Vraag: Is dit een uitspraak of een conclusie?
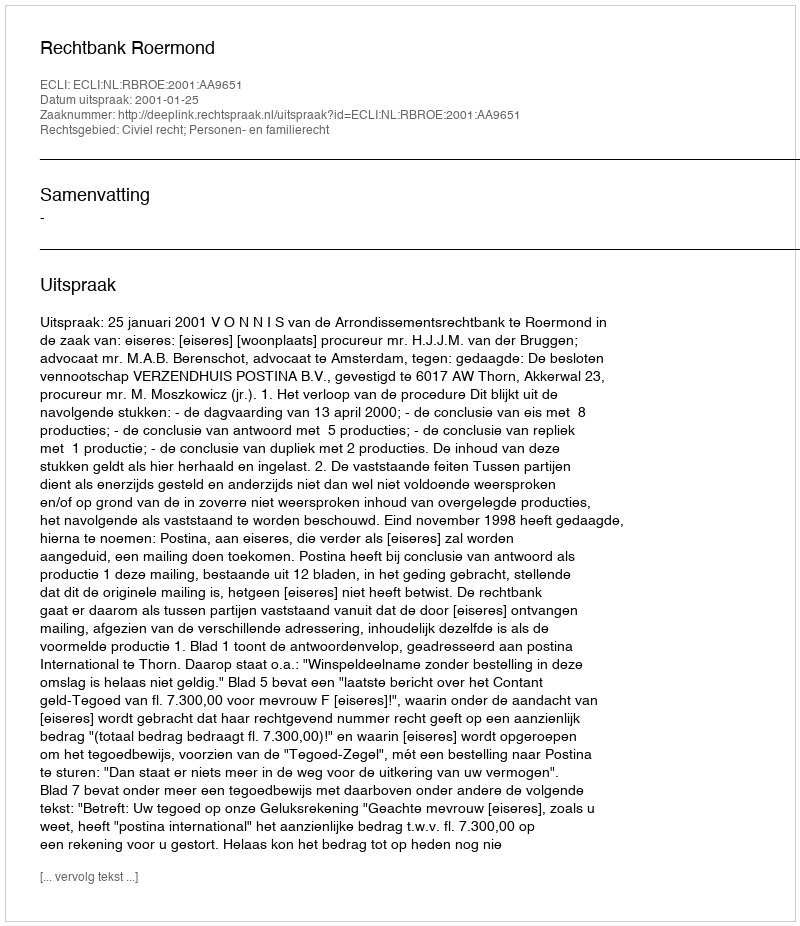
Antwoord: Uitspraak